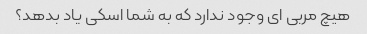
هیچ مربی ای وجود ندارد که به شما اسکی یاد بدهد؟